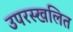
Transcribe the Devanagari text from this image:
उपरस्खलित